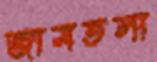
জামতলা